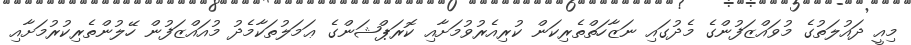
މިއީ ދައުލަތުގެ މުވައްޒަފުންގެ މެދުގައި ނަޒާހަތްތެރިކަން ކުރިއެރުވުމަށާއި ކޮރަޕްޝަންގެ ޢަމަލުތަކާމެދު މުއައްޒަފުން ހޭލުންތެރިކުރުމަށާއި